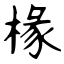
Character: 椽